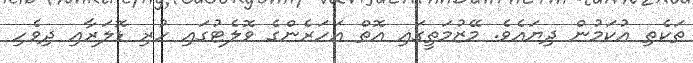
ތަކެތި އުކަމުން ދިޔައެވެ. މޭޒުމަތީގައި އޮތް އަހަރެންގެ ވޮލެޓުގައި ހުރި ޑޮލަރާއި ދިވެހި